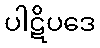
ပါဋိပဒေ